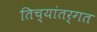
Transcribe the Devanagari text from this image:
तिच्यांतर्गत